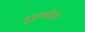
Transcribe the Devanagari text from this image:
बुयुकोर्हान